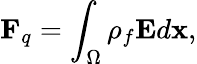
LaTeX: \mathbf{F}_{q}=\int_{\Omega}\rho_{f}\mathbf{E}d\mathbf{x},